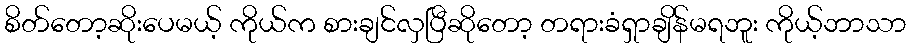
စိတ်တော့ဆိုးပေမယ့် ကိုယ်က စားချင်လှပြီဆိုတော့ တရားခံရှာချိန်မရဘူး ကိုယ့်ဘာသာ